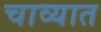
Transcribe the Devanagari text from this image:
चाव्यात